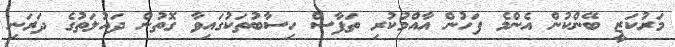
މަރުކަޒީ ބޭންކުން އެންމެ ފަހުން އާއްމުކުރި ތަފާސް ހިސާބުތަކުގައިވާ ގޮތުން ދައުލަތުގެ ދަރަނި